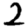
Digit: 2